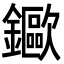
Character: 䥲